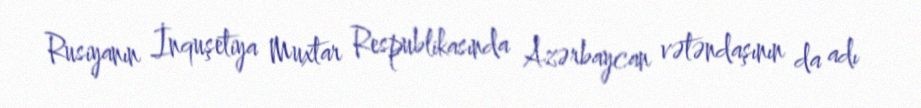
Rusiyanın İnquşetiya Muxtar Respublikasında Azərbaycan vətəndaşının da adı